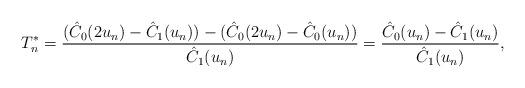
LaTeX: \begin{align*} T_n^{*}=\frac{(\hat{C}_0(2u_n)-\hat{C}_1(u_n))-(\hat{C}_0(2u_n)-\hat{C}_0(u_n))}{\hat{C}_1(u_n)} =\frac{\hat{C}_0(u_n)-\hat{C}_1(u_n)}{\hat{C}_1(u_n)},\end{align*}